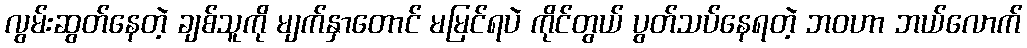
လွမ်းဆွတ်နေတဲ့ ချစ်သူကို မျက်နှာတောင် မမြင်ရပဲ ကိုင်တွယ် ပွတ်သပ်နေရတဲ့ ဘဝဟာ ဘယ်လောက်